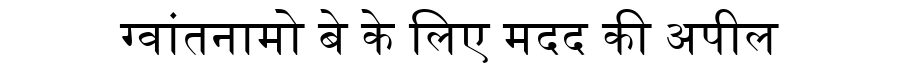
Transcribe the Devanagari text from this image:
ग्वांतनामो बे के लिए मदद की अपील